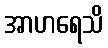
အာဟရေသိ